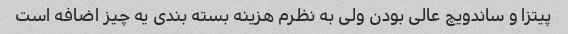
پیتزا و ساندویچ عالی بودن ولی به نظرم هزینه بسته بندی یه چیز اضافه است